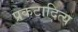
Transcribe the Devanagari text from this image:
प्रकटादित्य